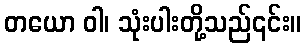
တယော ဝါ၊ သုံးပါးတို့သည်၎င်း။